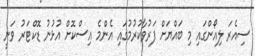
ސިއެރަ ލިއޯންގައި މި ބައްޔަށް ފަރުވާކުރުމުގައި އެންމެ އިސްކޮށް އުޅުނު ޑޮކްޓަރު ވަނީ